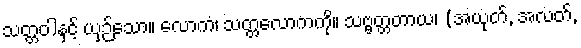
သတ္တဝါနှင့် ယှဉ်သော။ လောကံ၊ သတ္တလောကကို။ သဗ္ဗတ္တတာယ၊ (အယုတ်, အလတ်,